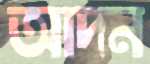
আদন